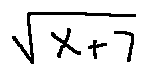
\sqrt { X + 7 }